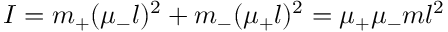
I = m _ { + } ( \mu _ { - } l ) ^ { 2 } + m _ { - } ( \mu _ { + } l ) ^ { 2 } = \mu _ { + } \mu _ { - } m l ^ { 2 }